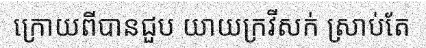
ក្រោយពីបានជួប យាយក្រវីសក់ ស្រាប់តែ